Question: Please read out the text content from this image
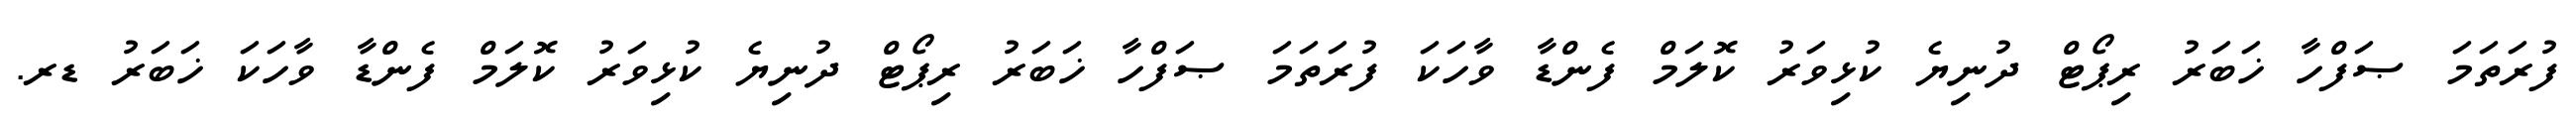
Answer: ފުރަތަމަ ޞަފްހާ ޚަބަރު ރިޕޯޓް ދުނިޔެ ކުޅިވަރު ކޮލަމް ފެންޑާ ވާހަކަ ފުރަތަމަ ޞަފްހާ ޚަބަރު ރިޕޯޓް ދުނިޔެ ކުޅިވަރު ކޮލަމް ފެންޑާ ވާހަކަ ޚަބަރު ޑރ.